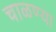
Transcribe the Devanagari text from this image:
चाळण्या